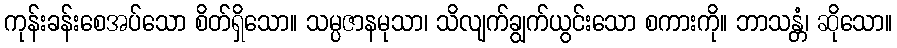
ကုန်းခန်းစေအပ်သော စိတ်ရှိသော။ သမ္ပဇာနမုသာ၊ သိလျက်ချွက်ယွင်းသော စကားကို။ ဘာသန္တံ၊ ဆိုသော။